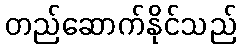
တည်ဆောက်နိုင်သည်